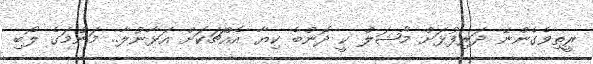
ރީތިވެގެންނޭ ދަރިފުޅަށް މާޝަލް ކީ ދޮންބެ ކިޔާ އެއްޗަކަށް އަޅާނުލާ.. މަންމަގެ ލޯބި